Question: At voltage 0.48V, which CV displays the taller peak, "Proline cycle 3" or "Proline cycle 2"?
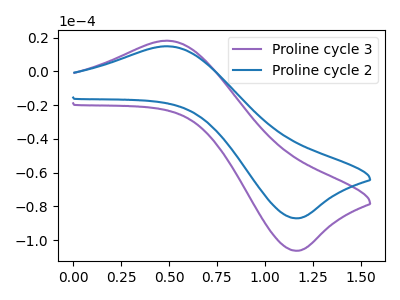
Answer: <think>The purple curve "Proline cycle 3" has an anodic peak at (0.50V, 18.25uA) and a cathodic peak at (1.20V, -106.30uA). The blue curve "Proline cycle 2" has an anodic peak at (0.50V, 14.95uA) and a cathodic peak at (1.20V, -87.05uA).</think>
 <answer>The peak at 0.48V is higher in "Proline cycle 3" than in "Proline cycle 2".</answer>
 <eval>higher</eval>